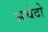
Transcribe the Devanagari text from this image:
अचेदो